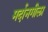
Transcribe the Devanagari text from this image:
मर्दानगीला